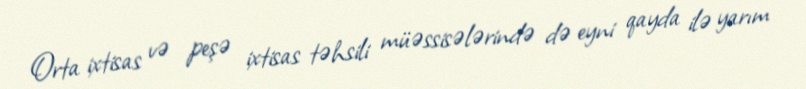
Orta ixtisas və peşə ixtisas təhsili müəssisələrində də eyni qayda ilə yarım